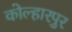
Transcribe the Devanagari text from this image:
कोल्हारपुर